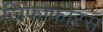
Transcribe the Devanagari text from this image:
जिफोफोरस